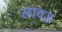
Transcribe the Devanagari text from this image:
लावड